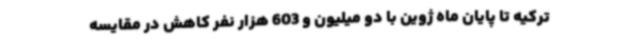
ترکیه تا پایان ماه ژوین با دو میلیون و 603 هزار نفر کاهش در مقایسه